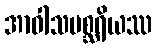
အာဝါသမစ္ဆရိယဿ